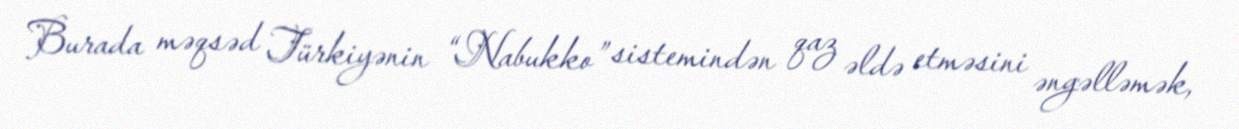
Burada məqsəd Türkiyənin “Nabukko” sistemindən qaz əldə etməsini əngəlləmək,